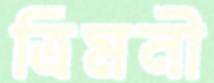
ত্রিমনী